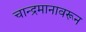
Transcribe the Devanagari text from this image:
चान्द्रमानावरून